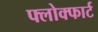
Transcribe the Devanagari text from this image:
फ्लोक्फार्ट